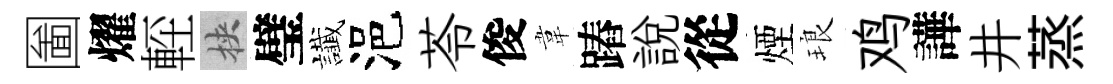
圗燿䡖挾璧䜟浥苓俊韋蹖説從煙琅鸡譁井蒸